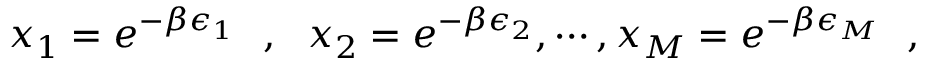
x _ { 1 } = e ^ { - \beta \epsilon _ { 1 } } ~ ~ , ~ ~ x _ { 2 } = e ^ { - \beta \epsilon _ { 2 } } , \cdots , x _ { M } = e ^ { - \beta \epsilon _ { M } } \, \, \, \, ,